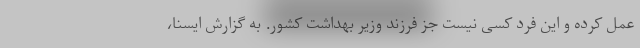
عمل کرده و این فرد کسی نیست جز فرزند وزیر بهداشت کشور. به گزارش ایسنا،